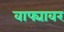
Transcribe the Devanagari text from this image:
वाफ्यावर